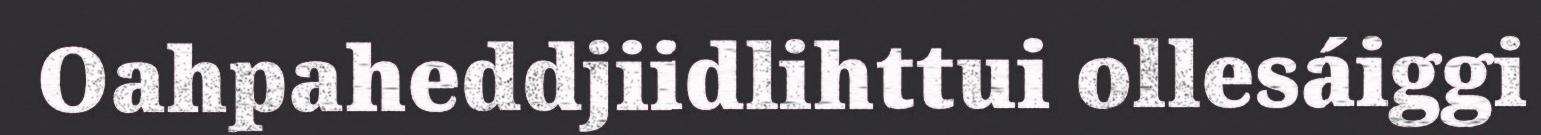
Oahpaheddjiidlihttui ollesáiggi